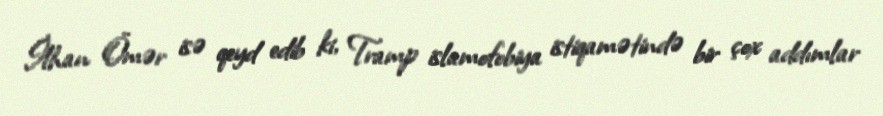
İlhan Ömər isə qeyd edib ki, Tramp islamofobiya istiqamətində bir çox addımlar